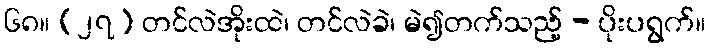
၆၈။ (၂၇) တင်လဲအိုးထဲ၊ တင်လဲခဲ၊ မဲ၍တက်သည့် - ပိုးပရွက်။